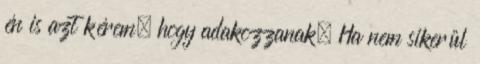
én is azt kérem, hogy adakozzanak. Ha nem sikerül